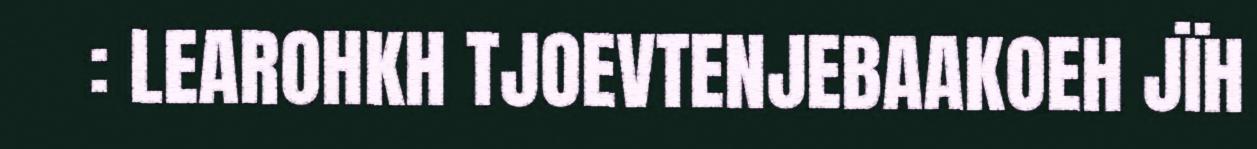
: LEAROHKH TJOEVTENJEBAAKOEH JÏH